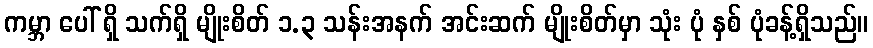
ကမ္ဘာ ပေါ် ရှိ သက်ရှိ မျိုးစိတ် ၁.၃ သန်းအနက် အင်းဆက် မျိုးစိတ်မှာ သုံး ပုံ နှစ် ပုံခန့်ရှိသည်။